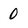
Character: 0